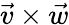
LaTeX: {\vec{v}}\times{\vec{w}}